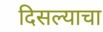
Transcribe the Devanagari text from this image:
दिसल्याचा